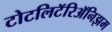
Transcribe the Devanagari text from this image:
टोटलिटॅरिॲनिझम